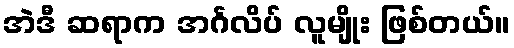
အဲဒီ ဆရာက အင်္ဂလိပ် လူမျိုး ဖြစ်တယ်။